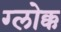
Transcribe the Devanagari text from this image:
ग्लोक्क